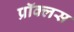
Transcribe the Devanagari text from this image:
प्रॉक्लस